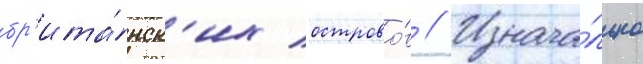
бр'ита́нск'их острово́в // Изнача́льно